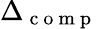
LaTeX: \Delta_{\mathrm{~c~o~m~p~}}